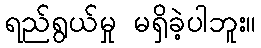
ရည်ရွယ်မှု မရှိခဲ့ပါဘူး။